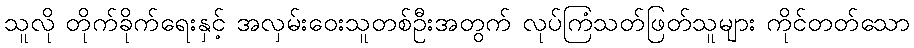
သူလို တိုက်ခိုက်ရေးနှင့် အလှမ်းဝေးသူတစ်ဦးအတွက် လုပ်ကြံသတ်ဖြတ်သူများ ကိုင်တတ်သော